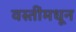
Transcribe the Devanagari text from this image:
वस्तींमधून